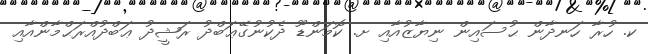
ކ. ހުރާ ހަނދާން ޙުސައިން ނިޔާޒުއާއި ށ. ކޮމަންޑޫ ދެކުނުގޭޢަބްދު ރަޝީދު ޢަބްދުއްރަޙްމާންއާއި